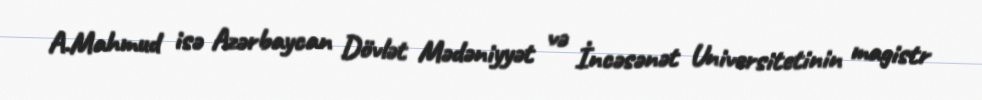
A.Mahmud isə Azərbaycan Dövlət Mədəniyyət və İncəsənət Universitetinin magistr